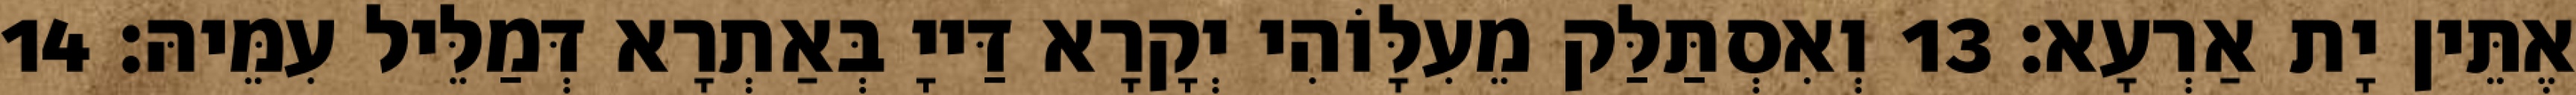
אֶתֵּין יָת אַרְעָא׃ 13 וְאִסְתַּלַּק מֵעִלָּוֹהִי יְקָרָא דַּייָ בְּאַתְרָא דְּמַלֵּיל עִמֵּיהּ׃ 14